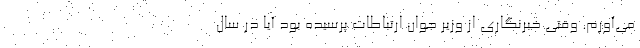
می‌آورم. وقتی خبرنگاری از وزیر جوان ارتباطات پرسیده بود آیا در سال